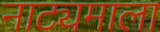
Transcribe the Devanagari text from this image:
नाट्यमाला